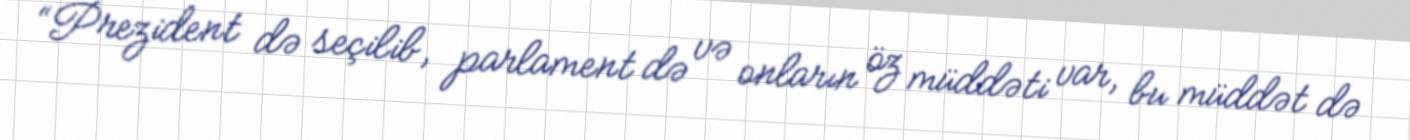
“Prezident də seçilib, parlament də və onların öz müddəti var, bu müddət də